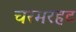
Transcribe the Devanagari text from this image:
चरमरहट